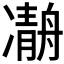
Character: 𠘒